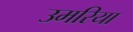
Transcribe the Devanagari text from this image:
उमरिया